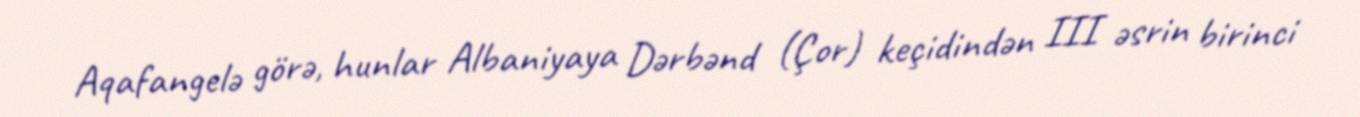
Aqafangelə görə, hunlar Albaniyaya Dərbənd (Çor) keçidindən III əsrin birinci